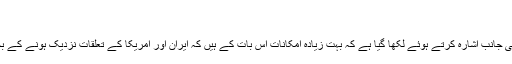
...
میزائل تجربے کی وجہ سے ایران پر عائد امریکا کی نئی پابندیوں کی جانب اشارہ کرتے ہوئے لکھا گیا ہے کہ بہت زیادہ امکانات اس بات کے ہیں کہ ایران اور امریکا کے تعلقات نزدیک ہونے کے بجائے دور ہوتے جائیں اور فوجی تصادم کی حد تک پہنچ سکتے ہیں۔